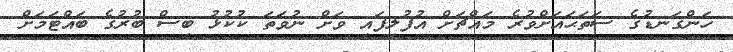
ހަންގަނޑުގެ ސަތަޙައަށްވުރެ މައްޗަށް އުފުލިފައި ވަށް ނުވަތަ ކުކުޅު ބިސް ބުރުގެ ބައްޓަމަށް